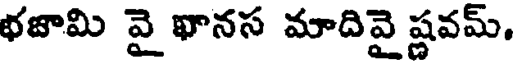
భజామి వై ఖానస మాదివై ష్ణవమ్,